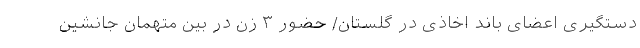
دستگیری اعضای باند اخاذی در گلستان/ حضور ۳ زن در بین متهمان جانشین